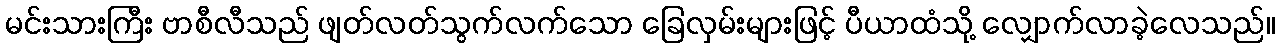
မင်းသားကြီး ဗာစီလီသည် ဖျတ်လတ်သွက်လက်သော ခြေလှမ်းများဖြင့် ပီယာထံသို့ လျှောက်လာခဲ့လေသည်။